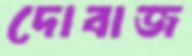
দোবাজ